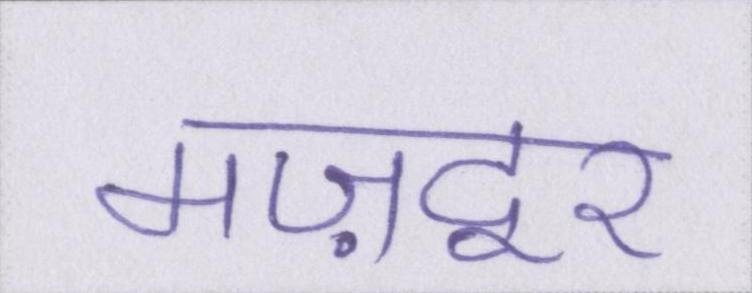
मज़दूर